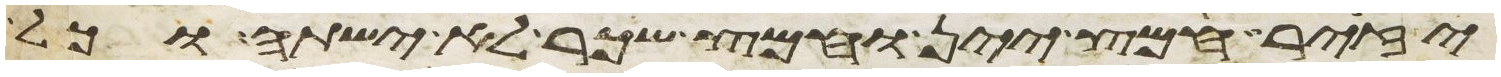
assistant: יזיר חמץ יין וחמץ שכר לא ישתה וכל